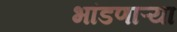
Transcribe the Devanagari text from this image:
भांडणाऱ्या